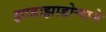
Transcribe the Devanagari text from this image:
झाडाझाडोऱ्याने